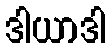
ဒါယာဒါ